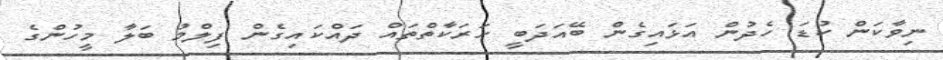
ނިވާކަން ކުޑަ ހެދުން އަޅައިގެން ބޭއަދަބީ ހަރަކާތްތައް ދައްކައިގެން ފިލްމު ބަލާ މީހުންގެ